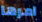
امرها